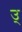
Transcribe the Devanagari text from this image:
उ्